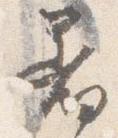
着